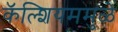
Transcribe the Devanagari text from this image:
कॅल्शियममुळे